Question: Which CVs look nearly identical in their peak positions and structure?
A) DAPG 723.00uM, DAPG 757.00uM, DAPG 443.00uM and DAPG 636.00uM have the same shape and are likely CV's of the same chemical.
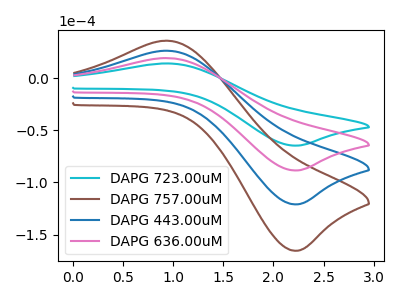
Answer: <think>The cyan curve "DAPG 723.00uM" has an anodic peak at (0.95V, 14.00uA) and a cathodic peak at (2.20V, -64.75uA). The brown curve "DAPG 757.00uM" has an anodic peak at (0.95V, 57.40uA) and a cathodic peak at (2.20V, -265.55uA). The blue curve "DAPG 443.00uM" has an anodic peak at (0.95V, 38.25uA) and a cathodic peak at (2.20V, -177.05uA). The pink curve "DAPG 636.00uM" has an anodic peak at (0.95V, 19.15uA) and a cathodic peak at (2.20V, -88.50uA).
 All the peaks in "DAPG 723.00uM" have a peak in "DAPG 757.00uM" at the same potential. Every peak in "DAPG 723.00uM" is lower than every peak in "DAPG 757.00uM". All the peaks in "DAPG 723.00uM" have a peak in "DAPG 443.00uM" at the same potential. Every peak in "DAPG 723.00uM" is lower than every peak in "DAPG 443.00uM". All the peaks in "DAPG 723.00uM" have a peak in "DAPG 636.00uM" at the same potential. Every peak in "DAPG 723.00uM" is lower than every peak in "DAPG 636.00uM". All the peaks in "DAPG 757.00uM" have a peak in "DAPG 443.00uM" at the same potential. Every peak in "DAPG 757.00uM" is higher than every peak in "DAPG 443.00uM". All the peaks in "DAPG 757.00uM" have a peak in "DAPG 636.00uM" at the same potential. Every peak in "DAPG 757.00uM" is higher than every peak in "DAPG 636.00uM". All the peaks in "DAPG 443.00uM" have a peak in "DAPG 636.00uM" at the same potential. Every peak in "DAPG 443.00uM" is higher than every peak in "DAPG 636.00uM".</think>
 <answer>A) "DAPG 723.00uM", "DAPG 757.00uM", "DAPG 443.00uM" and "DAPG 636.00uM" have the same shape and are likely CV's of the same chemical.</answer>
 <eval>A</eval>